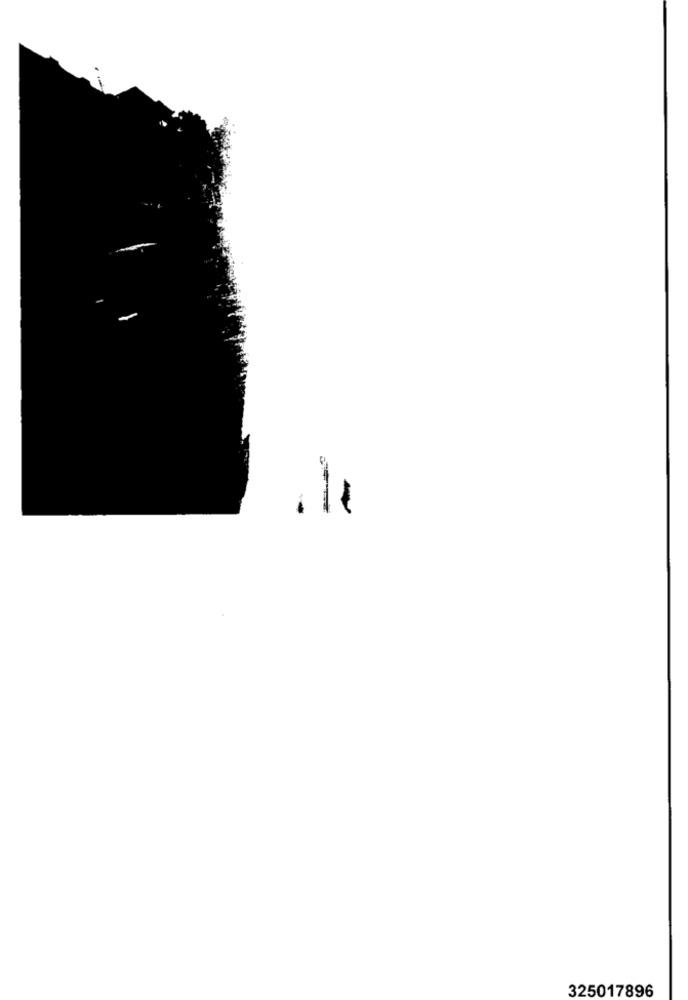
325017896